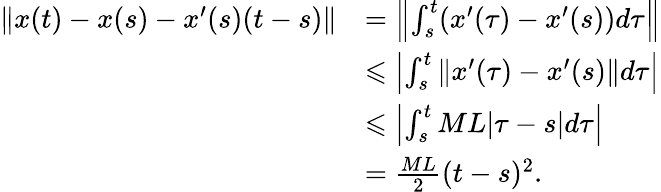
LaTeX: \begin{array}{rl}{\| x(t)-x(s)-x^{\prime}(s)(t-s)\| }&{=\left\| \int_{s}^{t}(x^{\prime}(\tau)-x^{\prime}(s))d\tau\right\| }\\ &{\leqslant\left|\int_{s}^{t}\| x^{\prime}(\tau)-x^{\prime}(s)\| d\tau\right|}\\ &{\leqslant\left|\int_{s}^{t}ML|\tau-s|d\tau\right|}\\ &{=\frac{ML}{2}(t-s)^{2}.}\end{array}